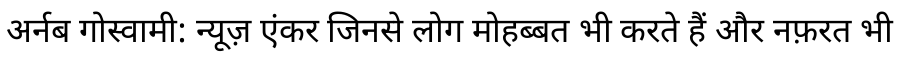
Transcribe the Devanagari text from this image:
अर्नब गोस्वामी: न्यूज़ एंकर जिनसे लोग मोहब्बत भी करते हैं और नफ़रत भी